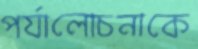
পর্যালোচনাকে